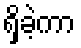
ရှိခဲ့ကာ